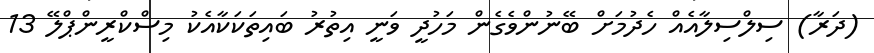
(ދަރާ) ސިލްސިލާއެއް ހެދުމަށް ބޭނުންވެގެން މަހުދީ ވަނީ އިތުރު ބައިތަކަކާއެކު މިސްކްރީންޕްލޭ 13